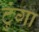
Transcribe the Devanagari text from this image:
टुंगा